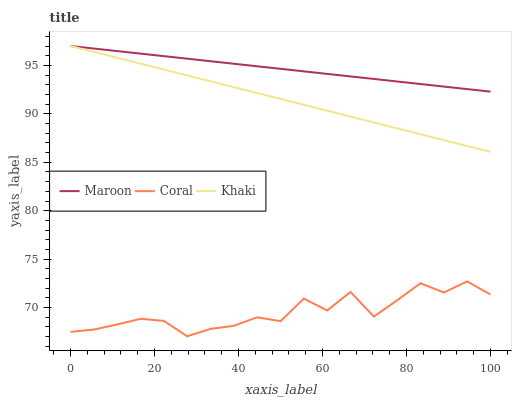
| xaxis_label | Maroon | Coral | Khaki |
 | --- | --- | --- | --- |
 | 0 | 97 | 67.5 | 97 |
 | 5.56 | 96.7 | 67.7 | 96.4 |
 | 11.1 | 96.5 | 68.3 | 95.8 |
 | 16.7 | 96.2 | 68.8 | 95.2 |
 | 22.2 | 96 | 68.6 | 94.6 |
 | 27.8 | 95.7 | 67 | 94 |
 | 33.3 | 95.4 | 67.8 | 93.4 |
 | 38.9 | 95.2 | 68.1 | 92.8 |
 | 44.4 | 94.9 | 69 | 92.1 |
 | 50 | 94.6 | 68.6 | 91.5 |
 | 55.6 | 94.4 | 70.9 | 90.9 |
 | 61.1 | 94.1 | 69.7 | 90.3 |
 | 66.7 | 93.9 | 71.6 | 89.7 |
 | 72.2 | 93.6 | 69.1 | 89.1 |
 | 77.8 | 93.3 | 70.7 | 88.5 |
 | 83.3 | 93.1 | 72.5 | 87.9 |
 | 88.9 | 92.8 | 71.6 | 87.3 |
 | 94.4 | 92.6 | 72.7 | 86.7 |
 | 100 | 92.3 | 71.3 | 86.1 |